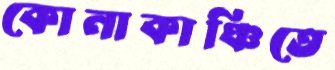
কোনাকাঞ্চিতে